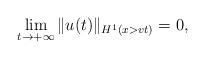
LaTeX: \begin{align*}\lim_{t\to +\infty} \|u(t)\|_{H^1(x>v t)} =0,\end{align*}